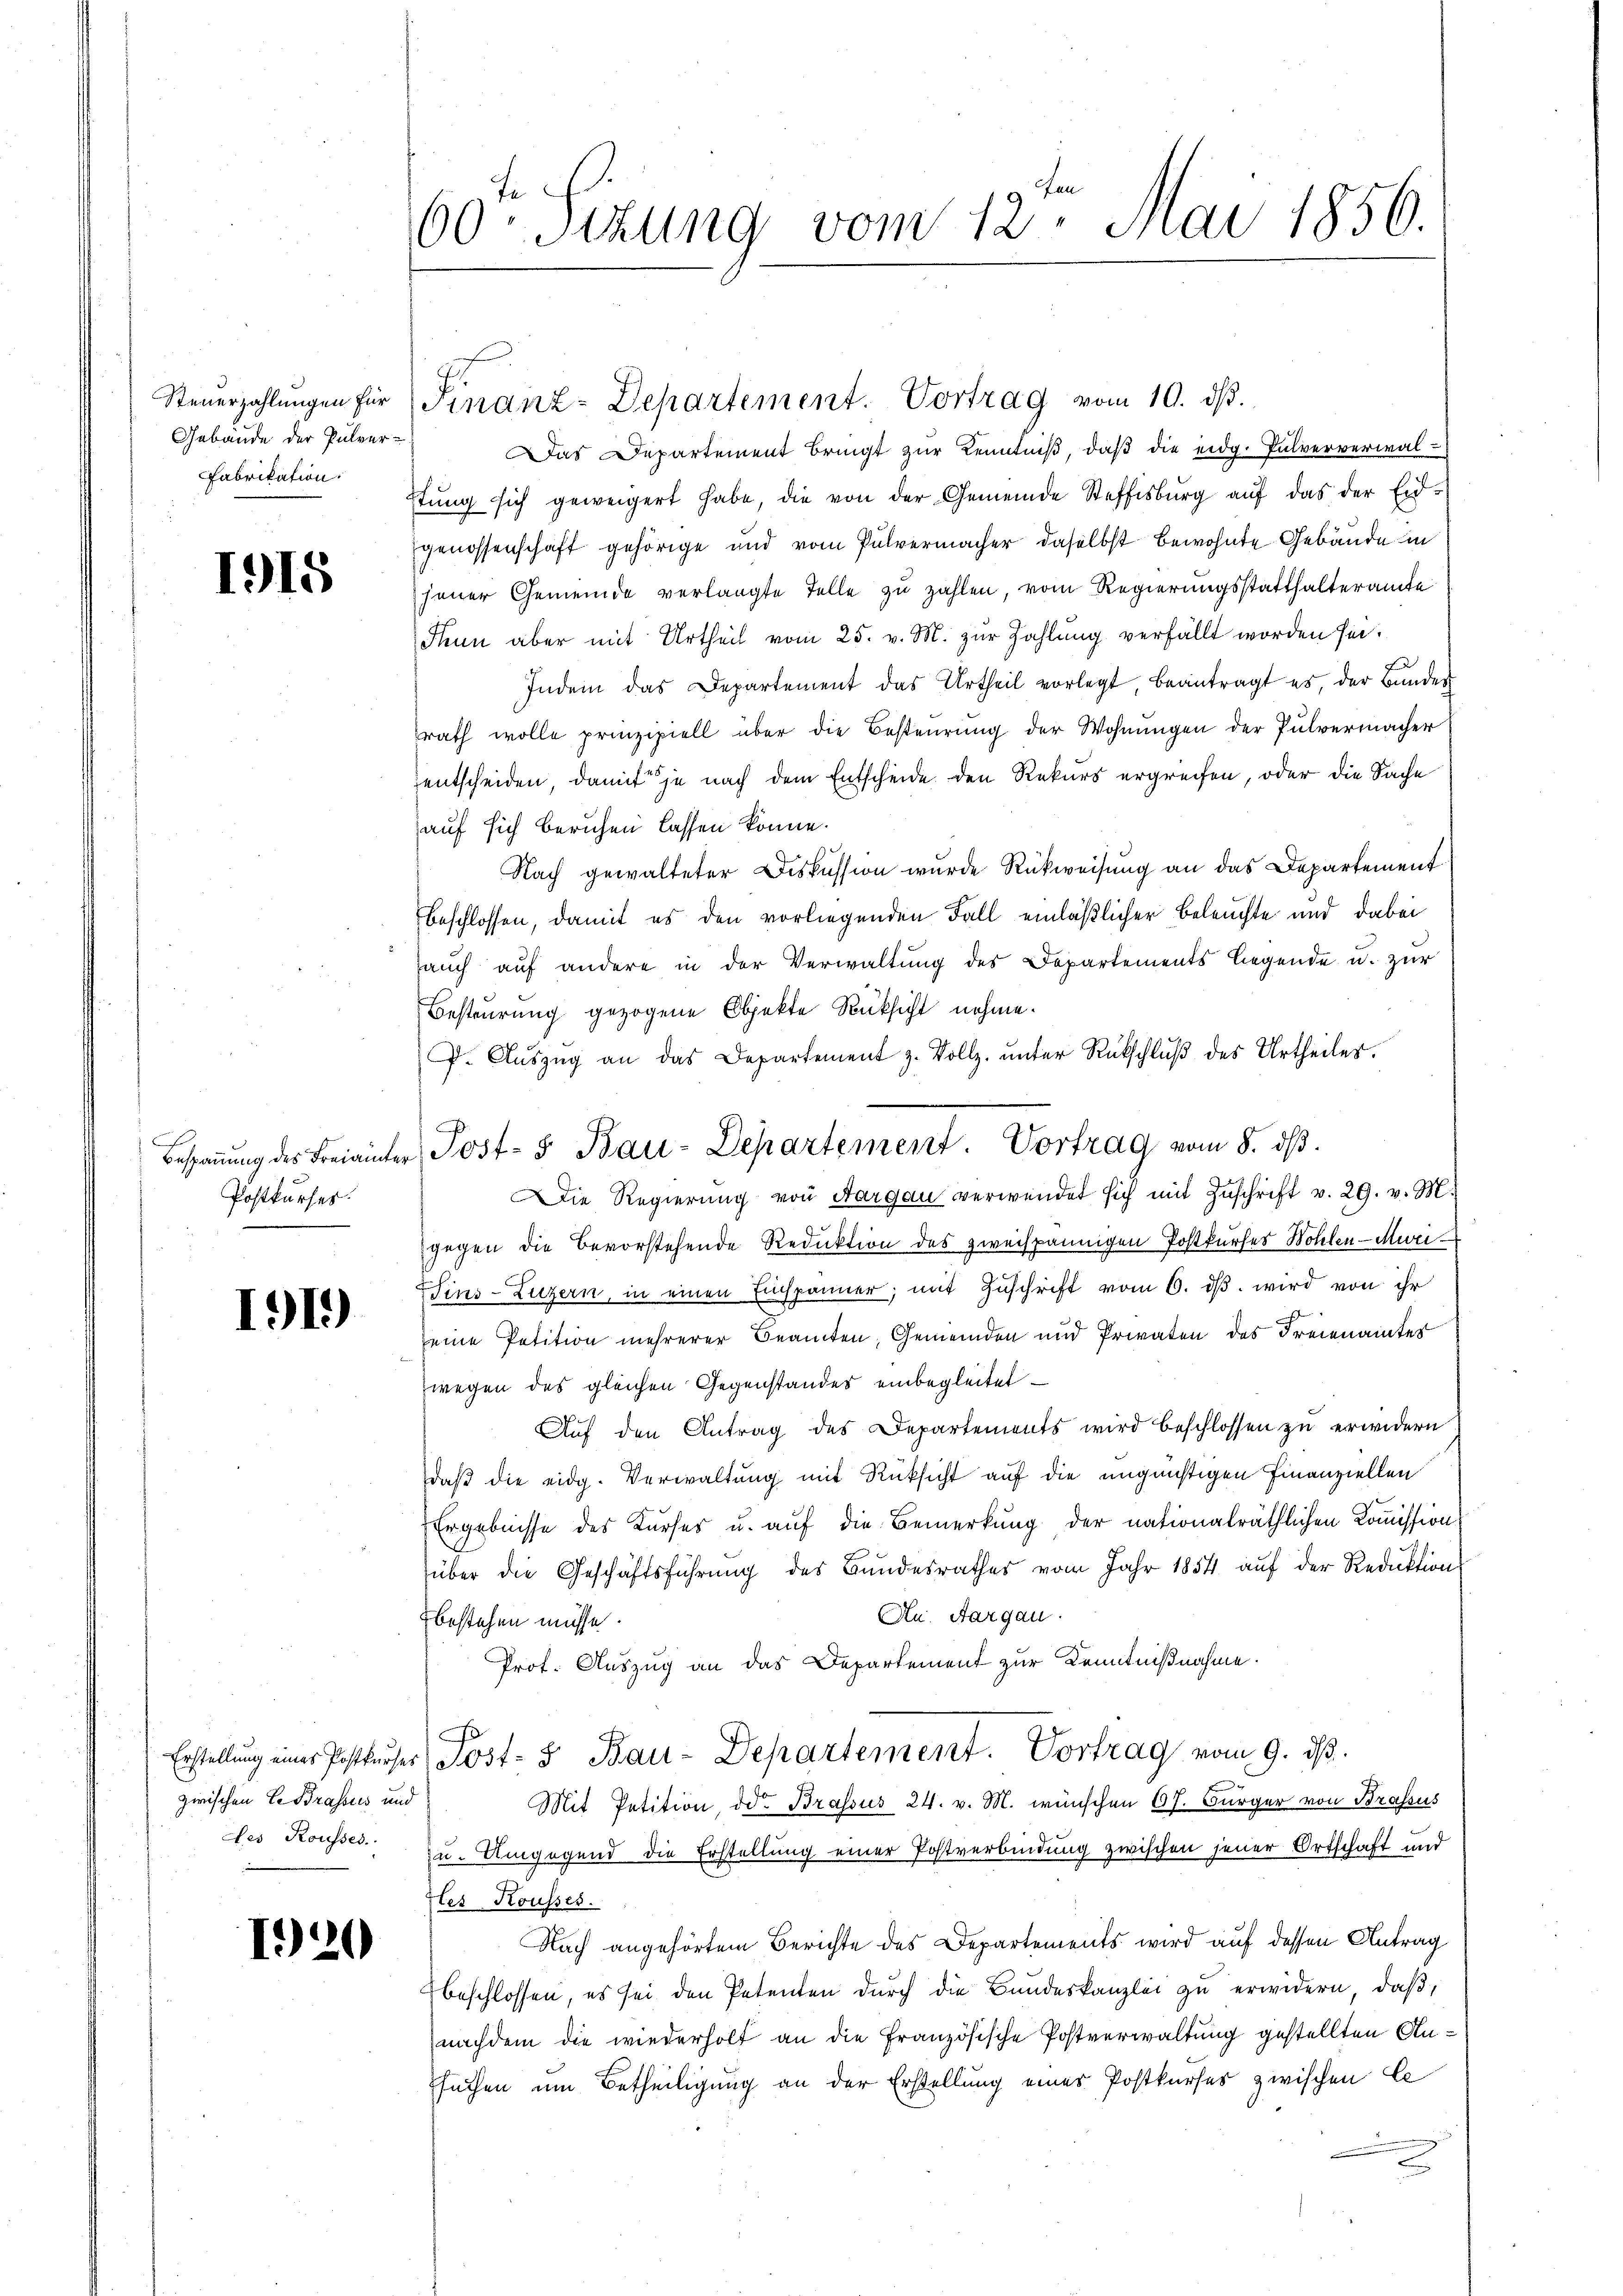
Steuerzahlungen für
Gebäude der Pulver-
Fabrikation.

1915

Postkurses.

1919)

zwischen Er Brassus und
des Rousses.

1920

60. Sizung vom 12. Mai 1856.

Das Departement bringt zur Kenntniß, daß die eidg. Pulververwaltŭng sich geweigert habe, die von der Gemeinde Steffisburg aŭf das der Eid-
genossenschaft gehörige und vom Pulvermacher daselbst bewohnte Gebäude in
jener Gemeinde verlangte Telle zu zahlen, vom Regierungsstatthalteramte
Thun aber mit Urtheil vom 25. v. M. zŭr Zahlung verfällt worden sie.
Indem das Departement das Urtheil vorlegt, beantragt es, der Bunder
rath wolle prinzipiell über die Besteurung der Wohnŭngen der Pulvermacher
entscheiden, damit je nach dem Entscheide den Rekurs ergreifen, oder die Sache
auf sich beruhen lassen könne.
Nach gewalteter Diskussion wurde Rückweisung an das Departement
beschlossen, damit es den vorliegenden Fall einläßlicher Beleuchte und dabei
auch auf andere in der Verwaltung des Departements liegende u. zur
Besteurung gezogene Objekte Rücksicht nehme.
F. Aŭszŭg an das Departement z. Vollz. ŭnter Rückschlŭβ des Urtheiles.
a
Die Regierŭng von Aargau verwendet sich mit Zŭschrift v. 29. v. M.
gegen die Bevorstehende Reduktion des zweispännigen Postkurses Wohlen-Mari
Zins-Luzern, in einen Einspänner, mit Zuschrift vom 6. dβ. wird von ihr
eine Petition mehrerer Beamten, Gemeinden und Privaten des Freienamtes
wegen des gleichen Gegenstandes einbegleitet –
Auf den Antrag des Departements wird beschlossen zu erwidern
daß die eidg. Verwaltung mit Rüksicht auf die ungünstigen Finanziellen
Ergebnisse des Kurses u. auf die Bemerkung der nationalräthlichen Kommission
über die Geschäftsführŭng des Bundesrathes vom Jahr 1854 aŭf der Reduktion
Au. Aargau.
bestehen müsse.
Prof. Auszug an das Departement zur Kenntnißnahme.
D
Erstellung einer Postkucher Post- & Bau-Departement. Vortrag vom 9. ds.
Mit Petition der Brassus 24. v. M. wünschen 67. Bürger von Brassus
u. Umgegend die Erstellung einer Postverbindung zwischen jener Ortschaft und
gles Kousses.
Nach angehörtem Berichte des Departements wird auf dessen Antrag
beschlossen, es sei den Petenten durch die Bundeskanzlei zu erwidern, daß,
nachdem die wiederholf an die Französische Postverwaltung gestellten Ansuchen um Betheiligung an der Erstellung eines Postkurses zwischen C

Finanz-Departement. Vortrag vom 10. ds.

Bespannung des Freiamter Post- & Bau-Departement. Vortrag vom 8. dβ.